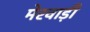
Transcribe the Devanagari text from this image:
मेरवाड़ी